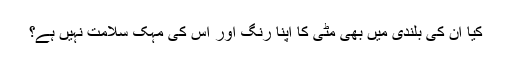
کیا ان کی بلندی میں بھی مٹی کا اپنا رنگ اور اس کی مہک سلامت نہیں ہے؟